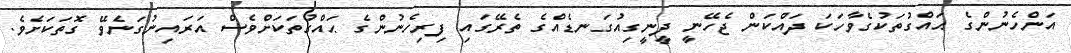
އަންހެނުންގެ ޙައްގުތަކުގެވާހަކަ ދައްކަން ޖެހޭނީ ދީނީގިއުގަނޑެއްގެ ތެރޭގައި ފިރިހެނުންގެ ޙައްގުތަކަށްވެސް އަރައިނުގަނެވޭ ގޮތަކަށެވެ.